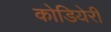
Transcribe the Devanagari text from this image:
कोडियेरी